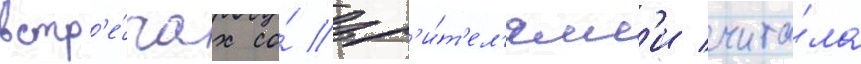
встр'е́чах со́ зр'и́т'ел'ям'и чита́ла